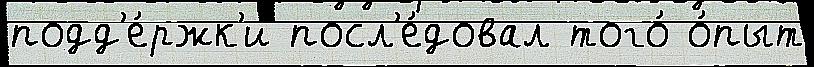
подд'е́ржк'и посл'е́довал того́ о́пыт